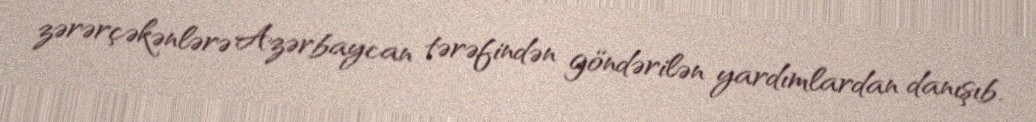
zərərçəkənlərə Azərbaycan tərəfindən göndərilən yardımlardan danışıb.